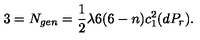
3 = N _ { g e n } = \frac { 1 } { 2 } \lambda 6 ( 6 - n ) c _ { 1 } ^ { 2 } ( d P _ { r } ) .